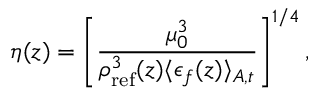
\eta ( z ) = \left[ \frac { \mu _ { 0 } ^ { 3 } } { \rho _ { \mathrm { r e f } } ^ { 3 } ( z ) \langle \epsilon _ { f } ( z ) \rangle _ { A , t } } \right] ^ { 1 / 4 } ,